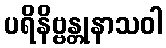
ပရိနိဗ္ဗန္တုနာသဝါ